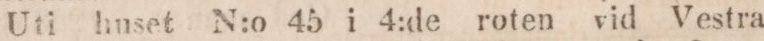
Uti huset N:o 45 i 4:de roten vid Vestra